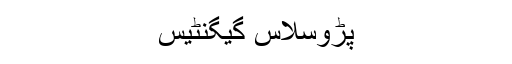
پڑوسلاس گیگنٹیس